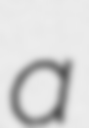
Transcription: a